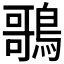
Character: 𪃿